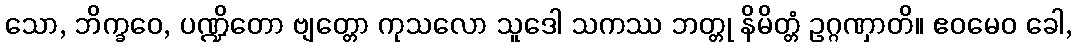
သော, ဘိက္ခဝေ, ပဏ္ဍိတော ဗျတ္တော ကုသလော သူဒေါ သကဿ ဘတ္တု နိမိတ္တံ ဥဂ္ဂဏှာတိ။ ဧဝမေဝ ခေါ,